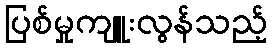
ပြစ်မှုကျူးလွန်သည့်